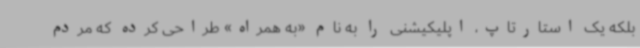
بلکه یک استارتاپ، اپلیکیشنی را به نام «به همراه» طراحی کرده که مردم